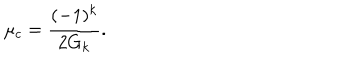
\mu _ { c } = { \frac { ( - 1 ) ^ { k } } { 2 G _ { k } } } .